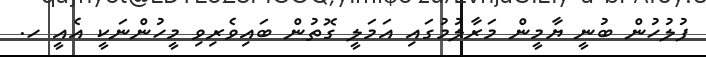
ފުލުހުން ބުނީ ޔާމީން މަރާލުމުގައި އަމަލީ ގޮތުން ބައިވެރިވި މީހުންނަކީ އެއީ ހ.